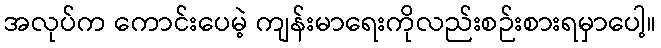
အလုပ်က ကောင်းပေမဲ့ ကျန်းမာရေးကိုလည်းစဉ်းစားရမှာပေါ့။